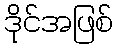
ဒိုင်အဖြစ်